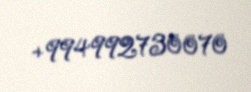
+994992730070